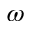
\omega